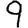
Digit: 9